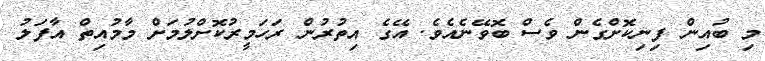
މި ބުއިން ފިނިކޮށްގެން ވެސް ބޮވޭނެއެވެ. އޭގެ އިތުރުން ރަހަމީރުކޮށްލުމަށް މާމުއިތް އާފަލު